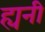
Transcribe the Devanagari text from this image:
ह्यनी